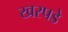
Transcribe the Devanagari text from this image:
खरपडे